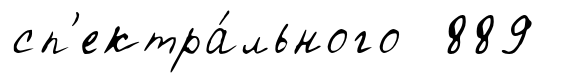
сп'ектра́льного 889